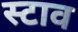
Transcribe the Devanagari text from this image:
स्टाव